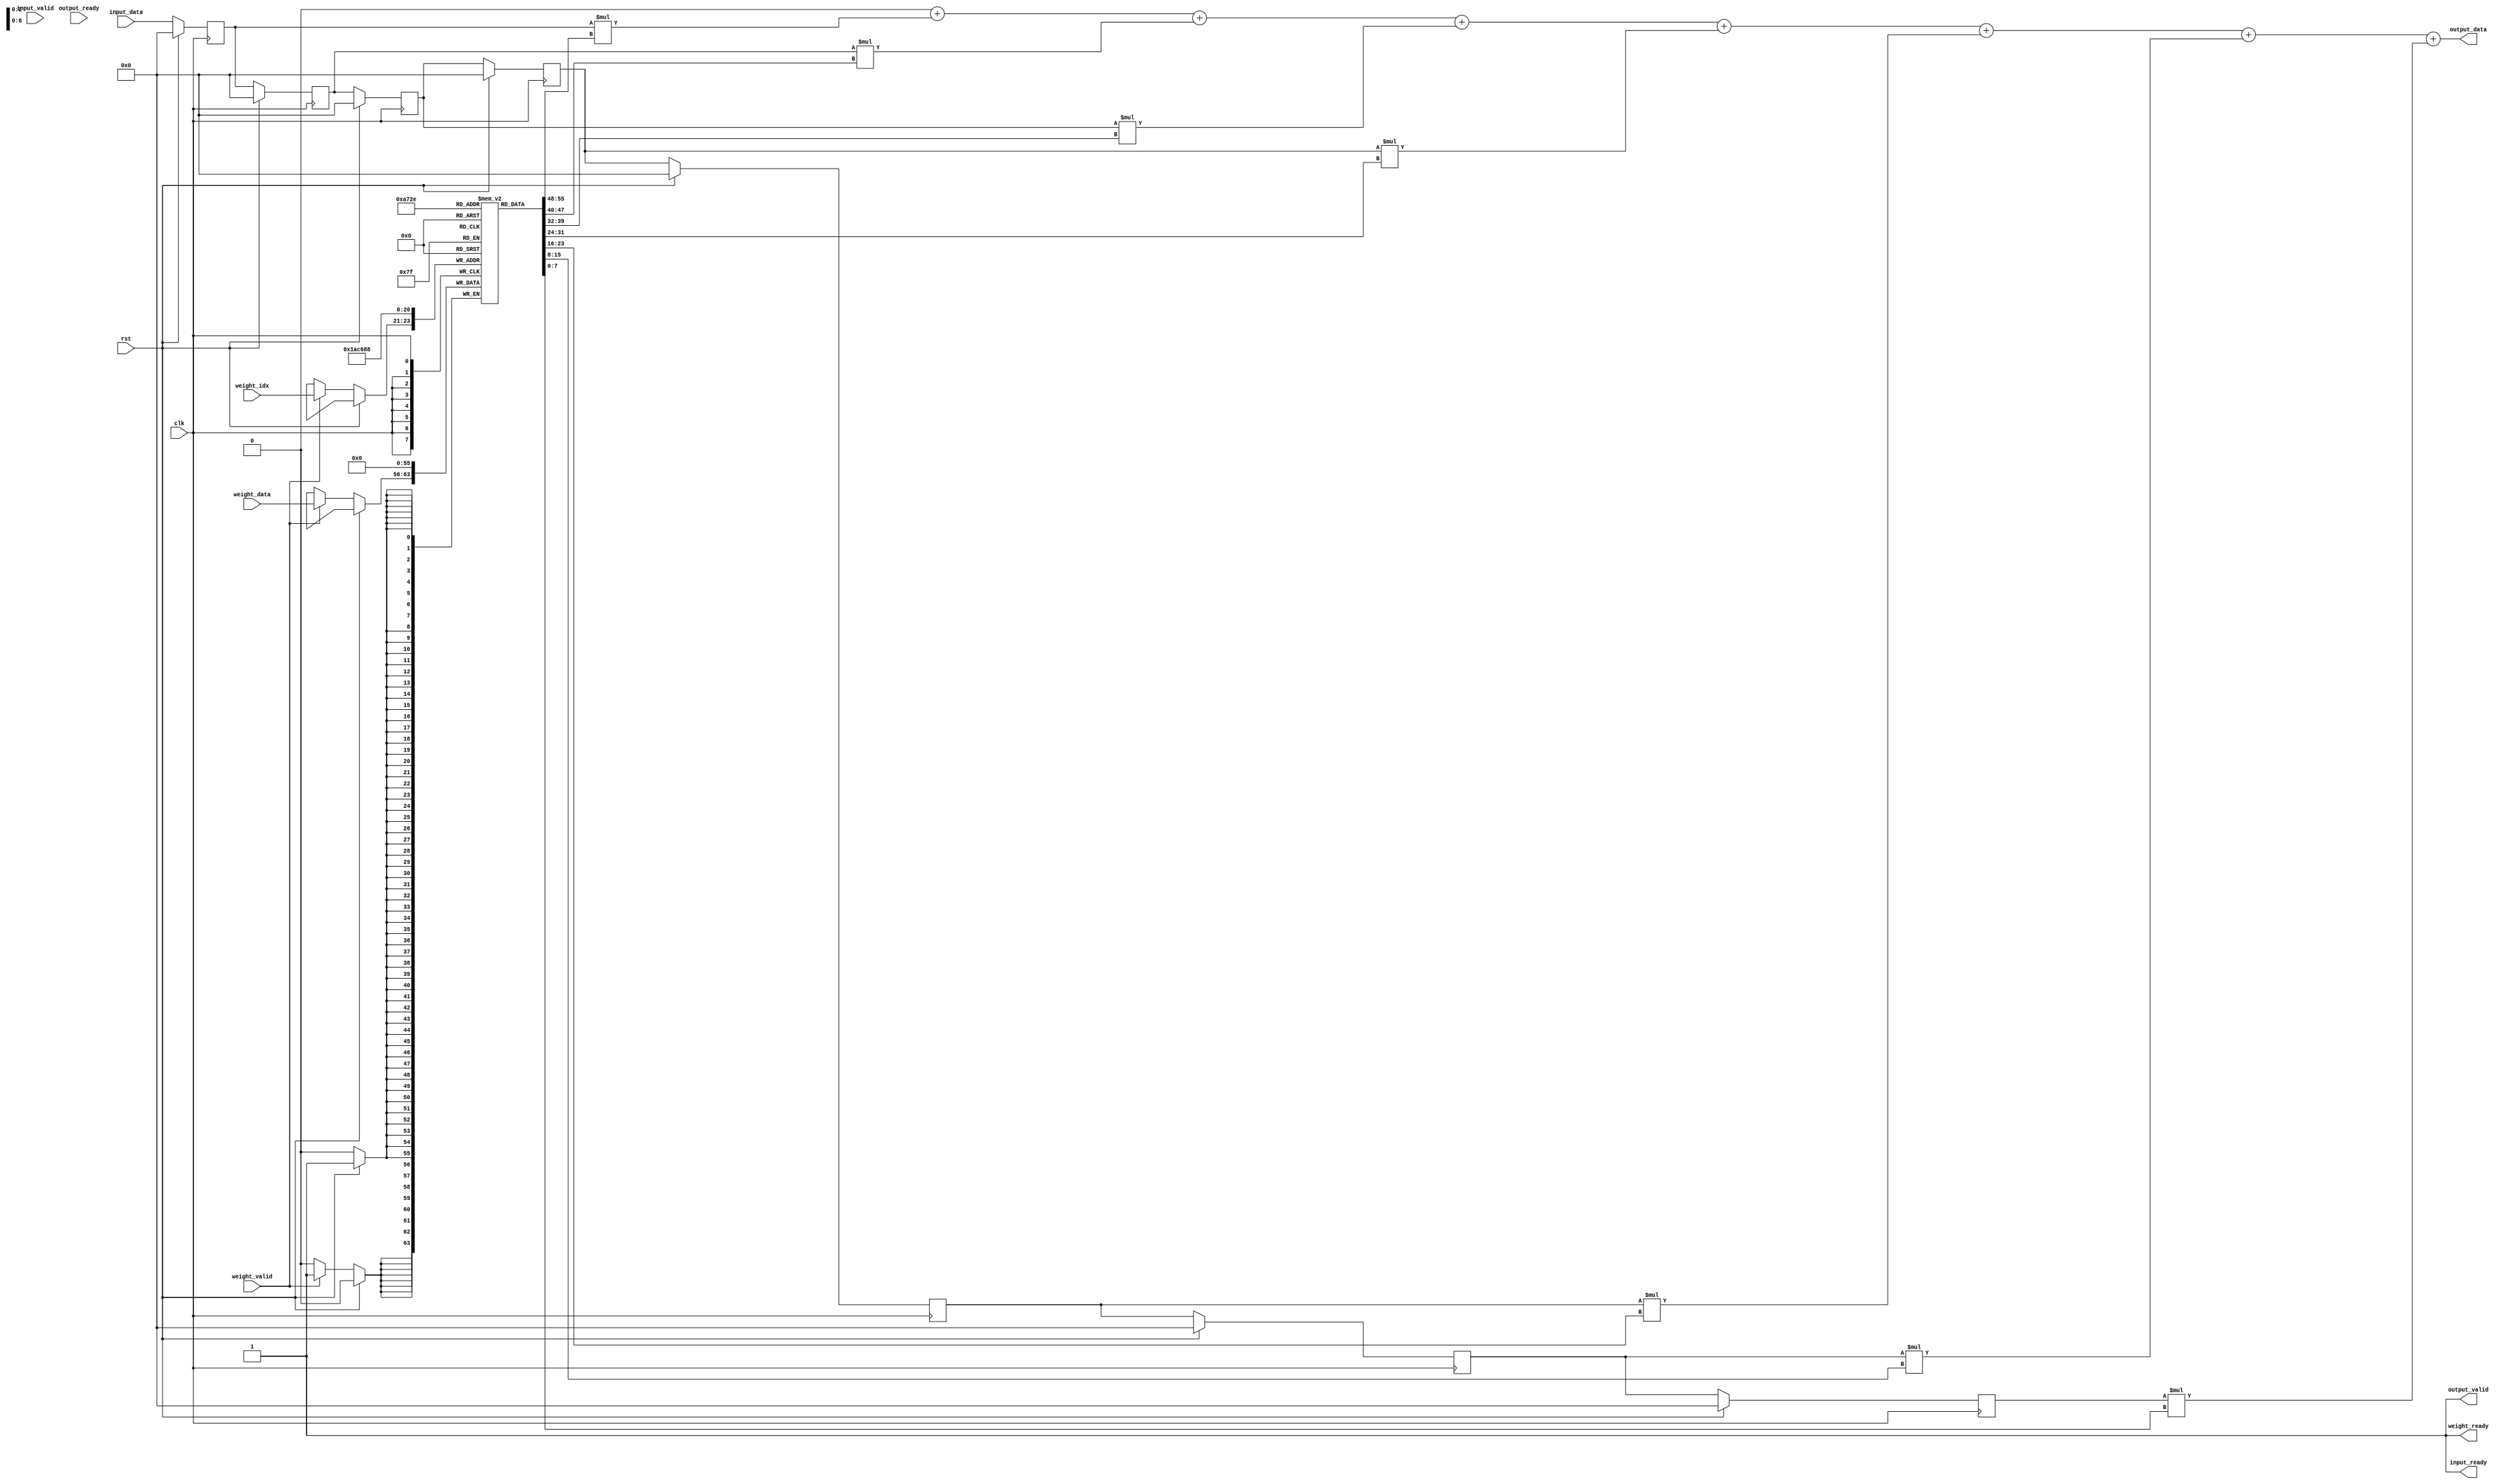
module fir_filter
#(
    parameter NUM_ELEMENTS = 7
)
(
    input clk,
    input rst,
    input [ 7 : 0 ] weight_data,
    input [ 2 : 0 ] weight_idx,
    input weight_valid,
    output weight_ready,
    input [ 7 : 0 ] input_data,
    input input_valid,
    output input_ready,
    output [ 15 : 0 ] output_data,
    input output_ready,
    output output_valid
);
    assign weight_ready = 1;
    assign input_ready = 1;
    assign output_valid = 1;
    
    // weight (and value) index 0 is beginning, NUM_ELEMENTS-1 is end
    reg [7:0] weights [NUM_ELEMENTS-1:0];
        
    // Shift register to hold values
    reg [7:0] values [NUM_ELEMENTS-1:0];
    
    
    integer i;
    always@(posedge clk)begin
        // Update weights
        if (rst)begin
            for (i = 0; i< NUM_ELEMENTS; i = i+1)
                weights[i] = 0;
        end else if (weight_valid)
            weights[weight_idx] = weight_data;
     
        // Shift the values down the line
        for (i = NUM_ELEMENTS-1; i> 0; i=i-1)begin
            values[i] <= rst?0:values[i-1];
        end
        // Bring in the new value
        values[0] <= rst?0:input_data;
    end
    
    // This section combines the weights and values to generate a total sum
    wire [15:0] intermediate_sums [NUM_ELEMENTS-1:0];
    assign output_data = intermediate_sums[NUM_ELEMENTS-1]; // result
    generate
        genvar j;
        for (j = 0; j<NUM_ELEMENTS; j=j+1)begin:summation
            assign intermediate_sums[j] = (j?intermediate_sums[j-1]:0) + values[j]*weights[j];
        end
    endgenerate
endmodule